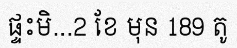
ផ្ទះមិ...2 ខែ មុន 189 តូ